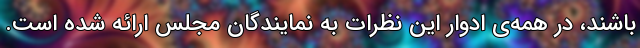
باشند، در همه‌ی ادوار این نظرات به نمایندگان مجلس ارائه شده است.